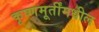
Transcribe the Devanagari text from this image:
कृष्णमूर्तींमधील